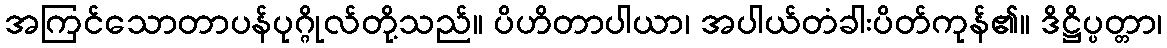
အကြင်သောတာပန်ပုဂ္ဂိုလ်တို့သည်။ ပိဟိတာပါယာ၊ အပါယ်တံခါးပိတ်ကုန်၏။ ဒိဋ္ဌိပ္ပတ္တာ၊